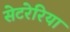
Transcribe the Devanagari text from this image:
सेटरेरिया